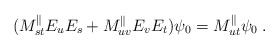
\begin{align*}(M_{st}^{\parallel}E_uE_s+M_{uv}^{\parallel}E_vE_t)\psi_0=M_{ut}^{\parallel}\psi_0\;.\end{align*}